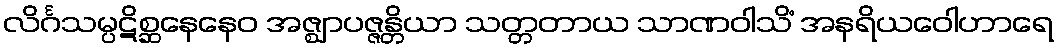
လိင်္ဂသမ္ပဋိစ္ဆနေနေဝ အဇ္ဈာပဇ္ဇန္တိယာ သတ္တတာယ သာဏဝါသိံ အနရိယဝေါဟာရေ